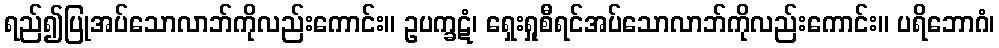
ရည်၍ပြုအပ်သောလာဘ်ကိုလည်းကောင်း။ ဥပက္ခဋံ၊ ရှေးရှုစီရင်အပ်သောလာဘ်ကိုလည်းကောင်း။ ပရိဘောဂံ၊